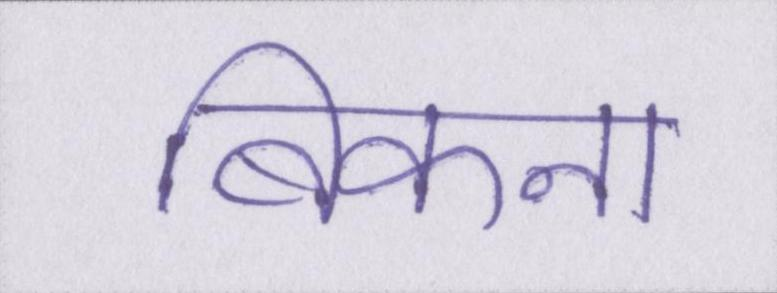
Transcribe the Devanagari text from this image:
बिकना